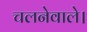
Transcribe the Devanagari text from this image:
चलनेवाले।